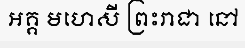
អគ្គ មហេសី ព្រះរាជា នៅ